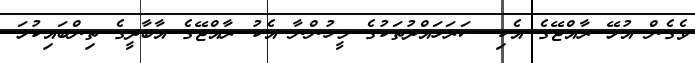
ވެގެން އުޅޭ ރާއްޖޭގެ އެކި ސަރަހައްދުތަކުގެ މީހުންނާ އެކު ރާއްޖޭގެ އާބާދީގެ ތިންބައިކުޅަ